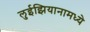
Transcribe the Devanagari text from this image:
लुईझियानामध्ये